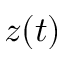
z ( t )